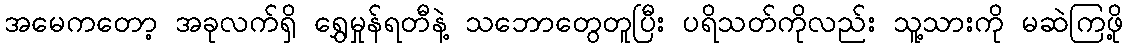
အမေကတော့ အခုလက်ရှိ ရွှေမှုန်ရတီနဲ့ သဘောတွေတူပြီး ပရိသတ်ကိုလည်း သူ့သားကို မဆဲကြဖို့